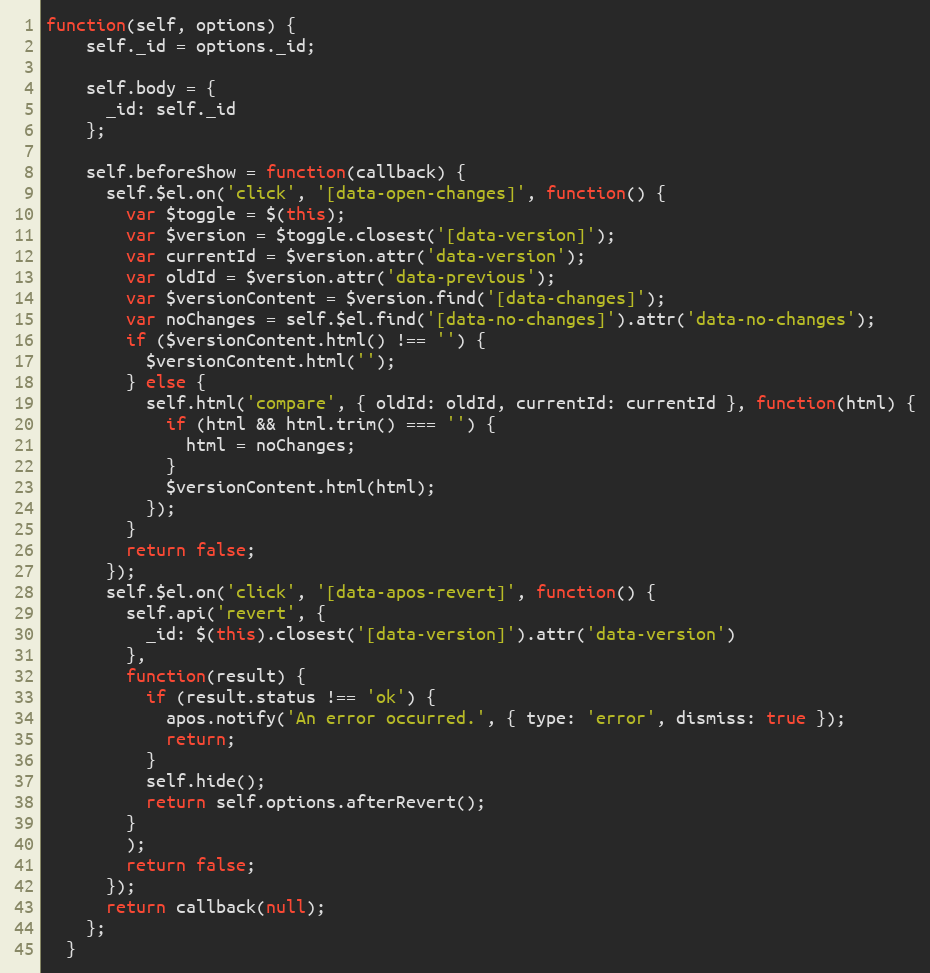
Language: JavaScript
function(self, options) {
    self._id = options._id;

    self.body = {
      _id: self._id
    };

    self.beforeShow = function(callback) {
      self.$el.on('click', '[data-open-changes]', function() {
        var $toggle = $(this);
        var $version = $toggle.closest('[data-version]');
        var currentId = $version.attr('data-version');
        var oldId = $version.attr('data-previous');
        var $versionContent = $version.find('[data-changes]');
        var noChanges = self.$el.find('[data-no-changes]').attr('data-no-changes');
        if ($versionContent.html() !== '') {
          $versionContent.html('');
        } else {
          self.html('compare', { oldId: oldId, currentId: currentId }, function(html) {
            if (html && html.trim() === '') {
              html = noChanges;
            }
            $versionContent.html(html);
          });
        }
        return false;
      });
      self.$el.on('click', '[data-apos-revert]', function() {
        self.api('revert', {
          _id: $(this).closest('[data-version]').attr('data-version')
        },
        function(result) {
          if (result.status !== 'ok') {
            apos.notify('An error occurred.', { type: 'error', dismiss: true });
            return;
          }
          self.hide();
          return self.options.afterRevert();
        }
        );
        return false;
      });
      return callback(null);
    };
  }